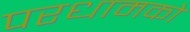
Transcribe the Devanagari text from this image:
परधामको